Triennial report on the lunatic asylums in the province of Eastern Bengal and Assam - 1903-1911
Year: 1903
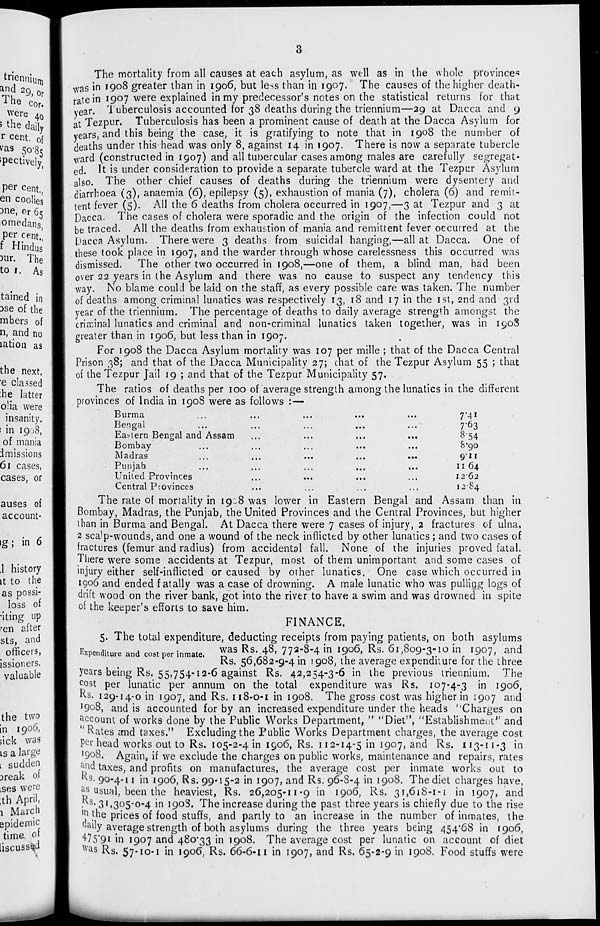
3
The mortality from all causes at each asylum, as well as in the whole provinces
was in 1908 greater than in 1906, but less than in 1907. The causes of the higher death-
rate in 1907 were explained in my predecessor's notes on the statistical returns for that
year. Tuberculosis accounted for 38 deaths during the triennium—29 at Dacca and 9
at Tezpur. Tuberculosis has been a prominent cause of death at the Dacca Asylum for
years, and this being the case, it is gratifying to note that in 1908 the number of
deaths under this head was only 8, against 14 in 1907. There is now a separate tubercle
ward (constructed in 1907) and all tubercular cases among males are carefully segregat-
ed. It is under consideration to provide a separate tubercle ward at the Tezpur Asylum
also. The other chief causes of deaths during the triennium were dysentery and
diarrhoea (3), anaemia (6), epilepsy (5), exhaustion of mania (7), cholera (6) and remit-
tent fever (5). All the 6 deaths from cholera occurred in 1907,—3 at Tezpur and 3 at
Dacca. The cases of cholera were sporadic and the origin of the infection could not
be traced. All the deaths from exhaustion of mania and remittent fever occurred at the
Dacca Asylum. There were 3 deaths from suicidal hanging,—all at Dacca. One of
these took place in 1907, and the warder through whose carelessness this occurred was
dismissed. The other two occurred in 1908,—one of them, a blind man, had been
over 22 years in the Asylum and there was no cause to suspect any tendency this
way. No blame could be laid on the staff, as every possible care was taken. The number
of deaths among criminal lunatics was respectively 13, 18 and 17 in the 1st, 2nd and 3rd
year of the triennium. The percentage of deaths to daily average strength amongst the
criminal lunatics and criminal and non-criminal lunatics taken together, was in 1908
greater than in 1906, but less than in 1907.
For 1908 the Dacca Asylum mortality was 107 per mille; that of the Dacca Central
Prison 38; and that of the Dacca Municipality 27; chat of the Tezpur Asylum 55 ; that
of the Tezpur Jail 19 ; and that of the Tezpur Municipality 57.
The ratios of deaths per 100 of average strength among the lunatics in the different
provinces of India in 1908 were as follows :—
Burma ... ... ... ... ...
Bengal ... ... ... ... ...
Eastern Bengal and Assam ... ... ... ...
Bombay ... ... ... ... ...
Madras ... ... ... ... ...
Punjab ... ... ... ... ...
United Provinces ... ... ... ...
Central Provinces ... ... ... ...
7.41
7.63
8.54
8.90
9.11
11.64
12.62
12.84
The rate of mortality in 1908 was lower in Eastern Bengal and Assam than in
Bombay, Madras, the Punjab, the United Provinces and the Central Provinces, but higher
than in Burma and Bengal. At Dacca there were 7 cases of injury, 2 fractures of ulna,
2 scalp-wounds, and one a wound of the neck inflicted by other lunatics ; and two cases of
fractures (femur and radius) from accidental fall. None of the injuries proved fatal.
There were some accidents at Tezpur, most of them unimportant and some cases of
injury either self-inflicted or caused by other lunatics. One case which occurred in
1906 and ended fatally was a case of drowning. A male lunatic who was pulling logs of
drift wood on the river bank, got into the river to have a swim and was drowned in spite
of the keeper's efforts to save him.
FINANCE.
Expenditure and cost per inmate.
5. The total expenditure, deducting receipts from paying patients, on both asylums
was Rs. 48, 772-8-4 in 1906, Rs. 61,809-3-10 in 1907, and
Rs. 56,682-9-4 in 1908, the average expenditure for the three
years being Rs. 55,754-12-6 against Rs. 42,254-3-6 in the previous triennium. The
cost per lunatic per annum on the total expenditure was Rs. 107-4-3 in 1906,
Rs. 129-14-0 in 1907, and Rs. 118-0-1 in 1908. The gross cost was higher in 1907 and
1908, and is accounted for by an increased expenditure under the heads "Charges on
account of works done by the Public Works Department," "Diet", "Establishment'' and
"Rates and taxes." Excluding the Public Works Department charges, the average cost
per head works out to Rs. 105-2-4 in 1906, Rs. 112-14-5 in 1907, and Rs. 113-11-3 in
1908. Again, if we exclude the charges on public works, maintenance and repairs, rates
and taxes, and profits on manufactures, the average cost per inmate works out to
Rs. 90-4-11 in 1906, Rs. 99-15-2 in 1907, and Rs. 96-8-4 in 1908. The diet charges have,
as usual, been the heaviest, Rs. 26,205-11-9 in 1906, Rs. 31,618-1-1 in 1907, and
Rs. 31,305-0-4 in 1908. The increase during the past three years is chiefly due to the rise
in the prices of food stuffs, and partly to an increase in the number of inmates, the
daily average strength of both asylums during the three years being 454.68 in 1906,
475.91 in 1907 and 480.33 in 1908. The average cost per lunatic on account of diet
was Rs. 57-10-1 in 1906, Rs. 66-6-11 in 1907, and Rs. 65-2-9 in 1908. Food stuffs were